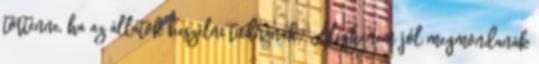
történne, ha az állatok beszélni tudnának? Alighanem jól megmondanák